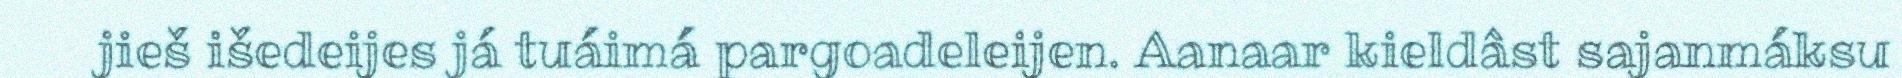
jieš išedeijes já tuáimá pargoadeleijen. Aanaar kieldâst sajanmáksu